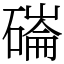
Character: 磮